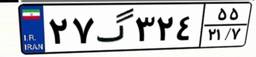
۲۹گ۶۶۳۰۱